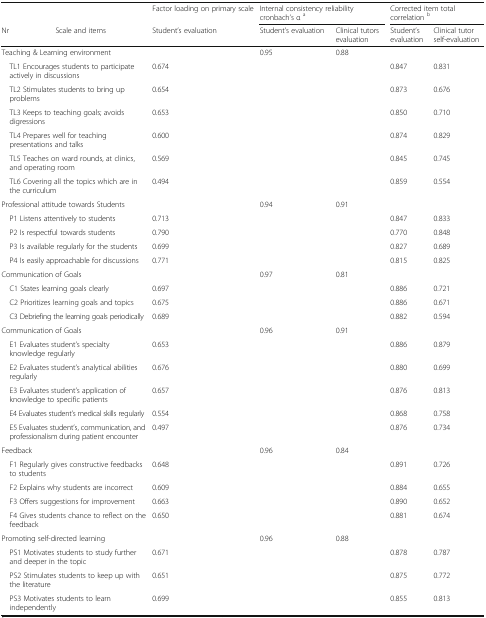
<table><thead><tr><td></td><td></td><td><b>Factor loading on primary scale</b></td><td colspan="2"><b>Internal consistency reliability cronbach’s α <sup>a</sup></b></td><td colspan="2"><b>Corrected item total correlation <sup>b</sup></b></td></tr><tr><td><b>Nr</b></td><td><b>Scale and items</b></td><td><b>Student’s evaluation</b></td><td><b>Student’s evaluation</b></td><td><b>Clinical tutors evaluation</b></td><td><b>Student’sevaluation</b></td><td><b>Clinical tutor self-evaluation</b></td></tr></thead><tbody><tr><td colspan="2">Teaching &amp; Learning environment</td><td></td><td>0.95</td><td>0.88</td><td></td><td></td></tr><tr><td colspan="2"> TL1 Encourages students to participate actively in discussions</td><td>0.674</td><td></td><td></td><td>0.847</td><td>0.831</td></tr><tr><td colspan="2"> TL2 Stimulates students to bring up problems</td><td>0.654</td><td></td><td></td><td>0.873</td><td>0.676</td></tr><tr><td colspan="2"> TL3 Keeps to teaching goals; avoids digressions</td><td>0.653</td><td></td><td></td><td>0.850</td><td>0.710</td></tr><tr><td colspan="2"> TL4 Prepares well for teaching presentations and talks</td><td>0.600</td><td></td><td></td><td>0.874</td><td>0.829</td></tr><tr><td colspan="2"> TL5 Teaches on ward rounds, at clinics, and operating room</td><td>0.569</td><td></td><td></td><td>0.845</td><td>0.745</td></tr><tr><td colspan="2"> TL6 Covering all the topics which are in the curriculum</td><td>0.494</td><td></td><td></td><td>0.859</td><td>0.554</td></tr><tr><td colspan="2">Professional attitude towards Students</td><td></td><td>0.94</td><td>0.91</td><td></td><td></td></tr><tr><td colspan="2"> P1 Listens attentively to students</td><td>0.713</td><td></td><td></td><td>0.847</td><td>0.833</td></tr><tr><td colspan="2"> P2 Is respectful towards students</td><td>0.790</td><td></td><td></td><td>0.770</td><td>0.848</td></tr><tr><td colspan="2"> P3 Is available regularly for the students</td><td>0.699</td><td></td><td></td><td>0.827</td><td>0.689</td></tr><tr><td colspan="2"> P4 Is easily approachable for discussions</td><td>0.771</td><td></td><td></td><td>0.815</td><td>0.825</td></tr><tr><td colspan="2">Communication of Goals</td><td></td><td>0.97</td><td>0.81</td><td></td><td></td></tr><tr><td colspan="2"> C1 States learning goals clearly</td><td>0.697</td><td></td><td></td><td>0.886</td><td>0.721</td></tr><tr><td colspan="2"> C2 Prioritizes learning goals and topics</td><td>0.675</td><td></td><td></td><td>0.886</td><td>0.671</td></tr><tr><td colspan="2"> C3 Debriefing the learning goals periodically</td><td>0.689</td><td></td><td></td><td>0.882</td><td>0.594</td></tr><tr><td colspan="2">Communication of Goals</td><td></td><td>0.96</td><td>0.91</td><td></td><td></td></tr><tr><td colspan="2"> E1 Evaluates student’s specialty knowledge regularly</td><td>0.653</td><td></td><td></td><td>0.886</td><td>0.879</td></tr><tr><td colspan="2"> E2 Evaluates student’s analytical abilities regularly</td><td>0.676</td><td></td><td></td><td>0.880</td><td>0.699</td></tr><tr><td colspan="2"> E3 Evaluates student’s application of knowledge to specific patients</td><td>0.657</td><td></td><td></td><td>0.876</td><td>0.813</td></tr><tr><td colspan="2"> E4 Evaluates student’s medical skills regularly</td><td>0.554</td><td></td><td></td><td>0.868</td><td>0.758</td></tr><tr><td colspan="2"> E5 Evaluates student’s, communication, and professionalism during patient encounter</td><td>0.497</td><td></td><td></td><td>0.876</td><td>0.734</td></tr><tr><td colspan="2">Feedback</td><td></td><td>0.96</td><td>0.84</td><td></td><td></td></tr><tr><td colspan="2"> F1 Regularly gives constructive feedbacks to students</td><td>0.648</td><td></td><td></td><td>0.891</td><td>0.726</td></tr><tr><td colspan="2"> F2 Explains why students are incorrect</td><td>0.609</td><td></td><td></td><td>0.884</td><td>0.655</td></tr><tr><td colspan="2"> F3 Offers suggestions for improvement</td><td>0.663</td><td></td><td></td><td>0.890</td><td>0.652</td></tr><tr><td colspan="2"> F4 Gives students chance to reflect on the feedback</td><td>0.650</td><td></td><td></td><td>0.881</td><td>0.674</td></tr><tr><td colspan="2">Promoting self-directed learning</td><td></td><td>0.96</td><td>0.88</td><td></td><td></td></tr><tr><td colspan="2"> PS1 Motivates students to study further and deeper in the topic</td><td>0.671</td><td></td><td></td><td>0.878</td><td>0.787</td></tr><tr><td colspan="2"> PS2 Stimulates students to keep up with the literature</td><td>0.651</td><td></td><td></td><td>0.875</td><td>0.772</td></tr><tr><td colspan="2"> PS3 Motivates students to learn independently</td><td>0.699</td><td></td><td></td><td>0.855</td><td>0.813</td></tr></tbody></table>